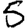
Digit: 5